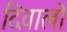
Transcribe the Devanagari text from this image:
दिवालो